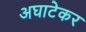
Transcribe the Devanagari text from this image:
अघाटेकर